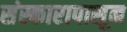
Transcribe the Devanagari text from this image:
संस्कारापासून